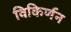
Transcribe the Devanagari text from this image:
विकिर्णन